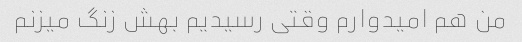
من هم امیدوارم وقتی رسیدیم بهش زنگ میزنم